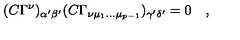
( C \Gamma ^ { \nu } ) _ { \alpha ^ { \prime } \beta ^ { \prime } } ( C \Gamma _ { \nu \mu _ { 1 } \dots \mu _ { p - 1 } } ) _ { \gamma ^ { \prime } \delta ^ { \prime } } = 0 \quad ,